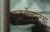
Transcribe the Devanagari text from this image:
फुटबॉलपटूंचा